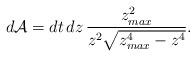
LaTeX: \begin{align*}d{\cal A} = dt \, dz \, \frac{ z_{max}^2 }{z^2 \sqrt{ z_{max}^4 - z^4 } }.\end{align*}